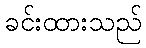
ခင်းထားသည်